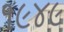
૧૯૪૯